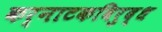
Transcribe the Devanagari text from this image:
कर्नाटकविरुद्ध